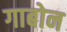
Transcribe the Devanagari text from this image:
गाबोन